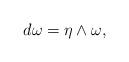
LaTeX: \begin{align*}d\omega=\eta\wedge\omega,\end{align*}